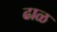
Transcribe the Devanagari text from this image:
ढाळ